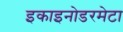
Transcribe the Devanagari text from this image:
इकाइनोडरमेटा